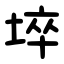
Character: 埣